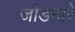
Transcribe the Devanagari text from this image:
जोडनारे